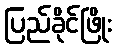
ပြည်ခိုင်ဖြိုး